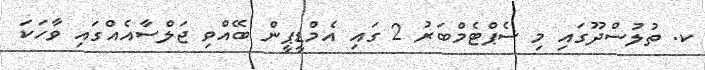
ކ. ތުލުސްދޫގައި މި ސެޕްޓެމްބަރު 2 ގައި އެމްޑީޕީން ބޭއްވި ޖަލްސާއެއްގައި ވާހަކަ